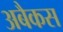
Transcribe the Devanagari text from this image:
अबैकस